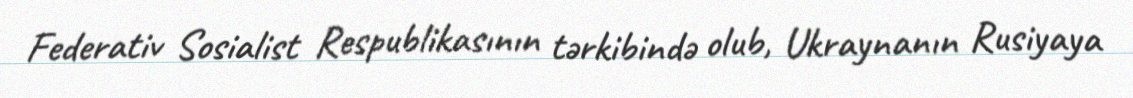
Federativ Sosialist Respublikasının tərkibində olub, Ukraynanın Rusiyaya